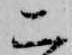
ニ